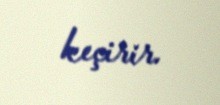
keçirir.